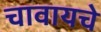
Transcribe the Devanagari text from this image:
चावायचे